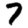
Digit: 7